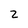
Character: Z